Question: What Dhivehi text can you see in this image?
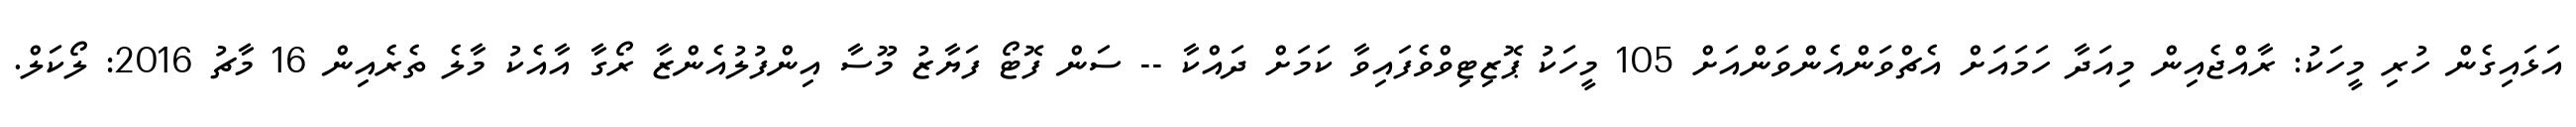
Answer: އަޅައިގެން ހުރި މީހަކު: ރާއްޖެއިން މިއަދާ ހަމައަށް އެޗްވަންއެންވަންއަށް 105 މީހަކު ޕޮޒިޓިވްވެފައިވާ ކަމަށް ދައްކާ -- ސަން ފޮޓޯ ފަޔާޒު މޫސާ އިންފުލުއެންޒާ ރޯގާ އާއެކު މާލެ ތެރެއިން 16 މާޗު 2016: ލޯކަލް.